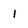
Character: l